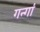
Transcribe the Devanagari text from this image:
गन्गा॑